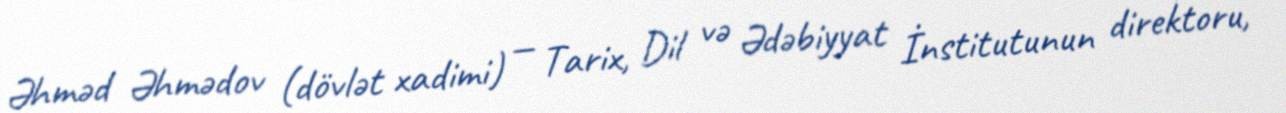
Əhməd Əhmədov (dövlət xadimi) — Tarix, Dil və Ədəbiyyat İnstitutunun direktoru,